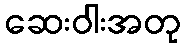
ဆေးဝါးအတု